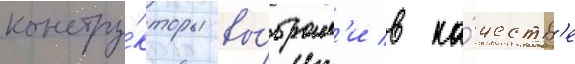
констру́кторы вы́брал'и в ка́честв'е